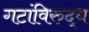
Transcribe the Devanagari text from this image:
गटांविरुद्ध